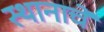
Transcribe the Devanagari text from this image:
स्थानाचें